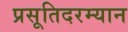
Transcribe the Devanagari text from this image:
प्रसूतिदरम्यान